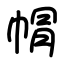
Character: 㡌